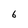
Character: 6